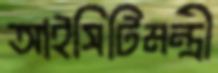
আইসিটিমন্ত্রী